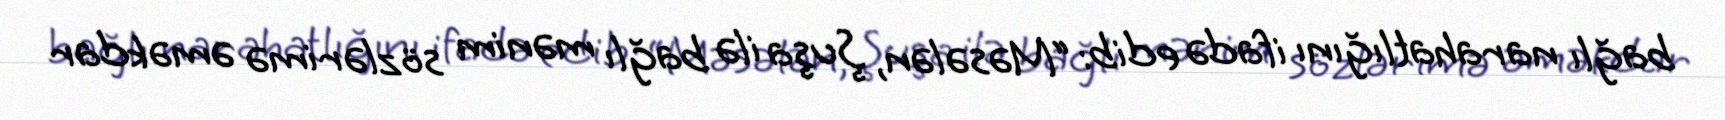
bağlı narahatlığını ifadə edib: “Məsələn, Şuşa ilə bağlı mənim sözlərimə əməkdar